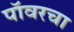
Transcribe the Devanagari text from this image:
पॉवरचा